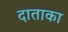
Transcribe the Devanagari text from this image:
दाताका